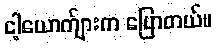
ငါ့ယောက်ျားက ပြောတယ်။